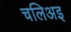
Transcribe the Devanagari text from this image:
चलिअइ